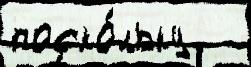
поско́льку